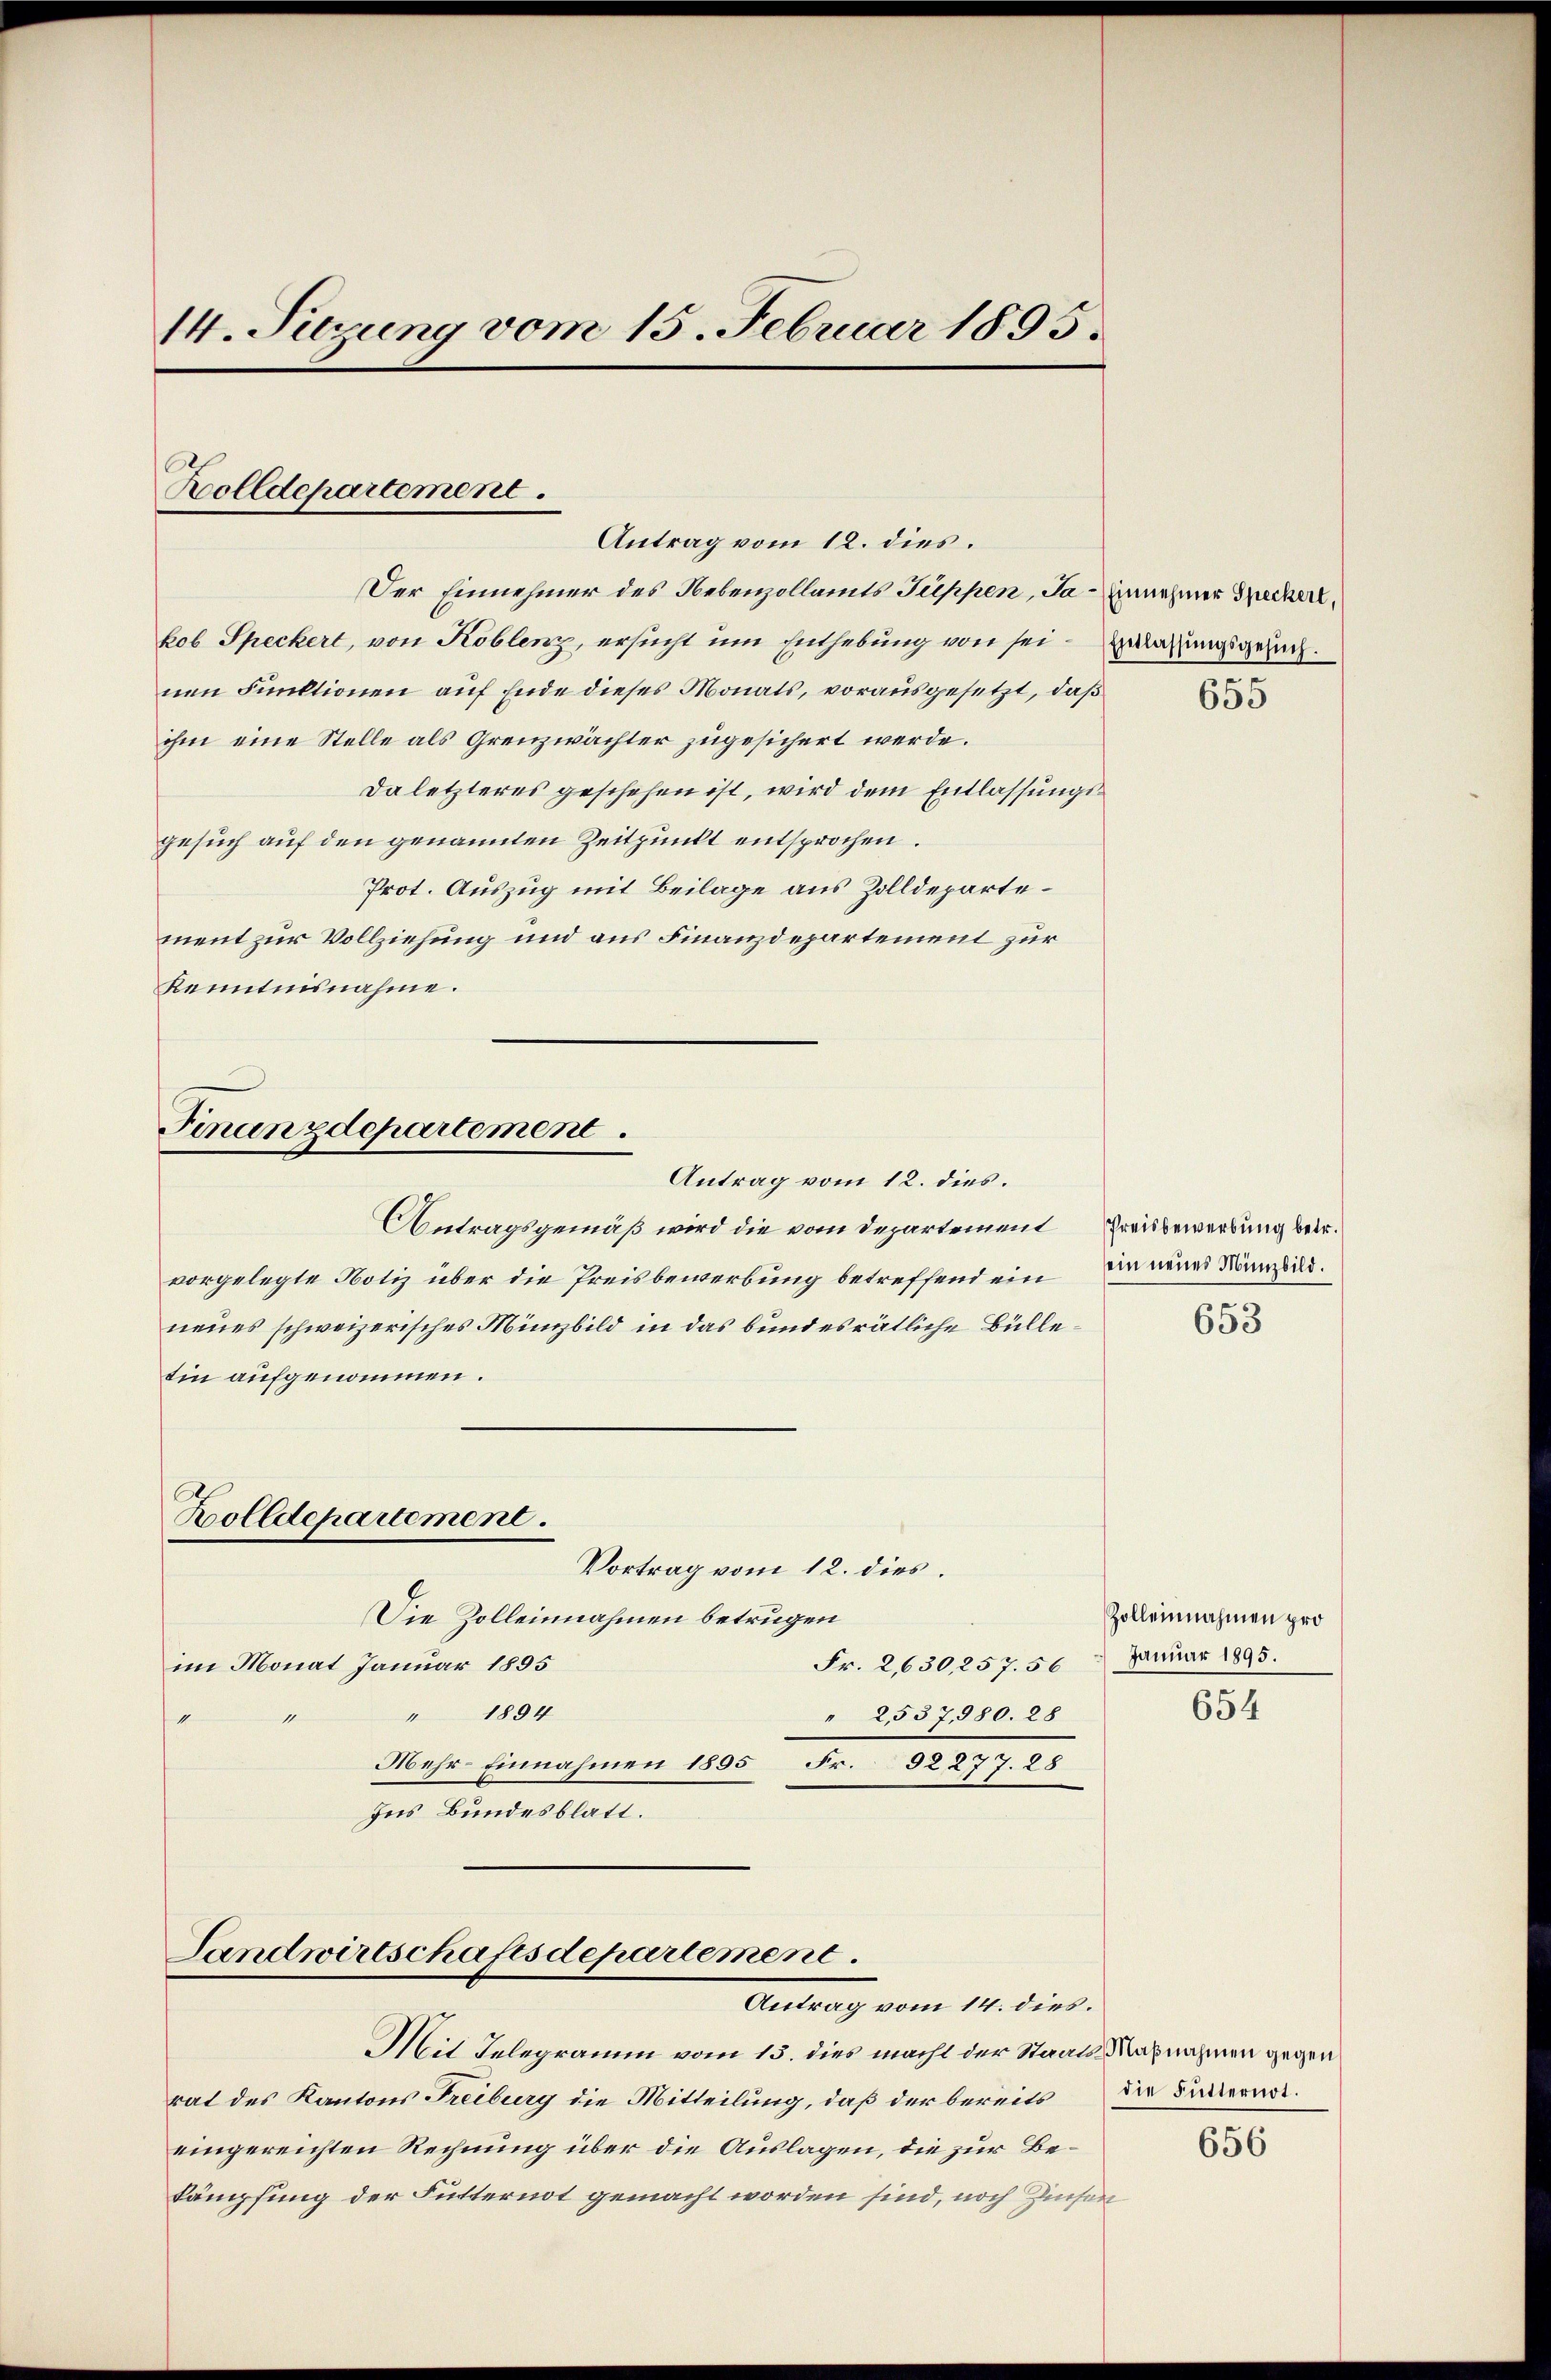
14. Suzung vom 15. Februar 1895.

Holldepartement.
Antrag vom 12. dies.

Der Einnehmer des Nebenzollamts Suppen, Ja. Einnehmer Specker,
kob Speckert, von Koblenz, ersucht um Enthebung von seinen Funktionen auf Ende dieses Monats, vorausgesetzt, daß
ihm eine Stelle als Grenzwächter zugesichert werde.
Da letzteres geschehen ist, wird dem Entlassungsgesuch auf den genannten Zeitpunkt entsprochen.
Prot. Auszug mit Beilage aus Zolldepartement zur Vollziehung und aus Finanzdepartement zur
Kenntnisnahme.

Finanzdepartement.

Antrag vom 12. dies.
Antragsgemäß wird die vom Departement
vorgelegte Notiz über die Preisbewerbung betreffend ein
neues schweizerisches Minnbild in das bundesrätliche Bülletin aufgenommen.
Zolldepartement.
Vortrag vom 12. dies
Die Zolleinnahmen betrugen
Fr. 2,630257. 50 Januar 1895.
im Monat Januar 1895
" 1894
" 2,537,580. 28
1
Mehr-Einnahmen 1895 Fr. 32277. 28
Ins Bundesblatt.

Landwirtschaftsdepartement.
Antrag vom 14. dies.

Mit Telegramm vom 15. dies macht der Staats-Maßnahmen gegen
rat des Kantons Freiburg die Mitteilung, daß der bereits die Sitternoteingereichten Rechnung über die Auslagen, die zur Bekämpfung der Futternot gemacht worden sind, noch Zinsen

Entlassŭngsgesŭch.

655

Preisbewerbung betr.
ein neues Münzbild.

653

Zolleinnahmen pro

654

656